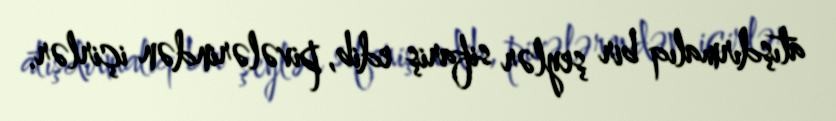
atışdırmalıq bir şeylər sifariş edib, pivələrindən içirlər.